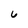
Character: 6